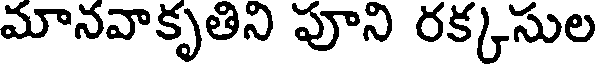
మానవాకృతిని పూని రక్కసుల